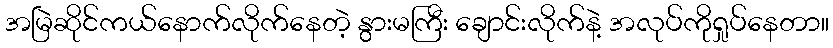
အမြဲဆိုင်ကယ်နောက်လိုက်နေတဲ့ နွားမကြီး ချောင်းလိုက်နဲ့ အလုပ်ကိုရှုပ်နေတာ။